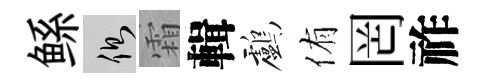
鲧側霜輯鸕侑罔祚